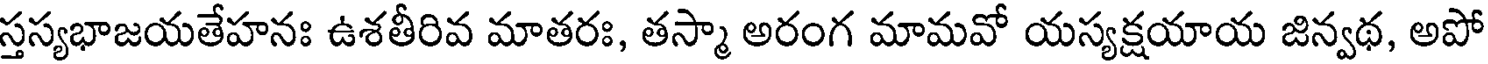
స్తస్యభాజయతేహనః ఉశతీరివ మాతరః, తస్మా అరంగ మామవో యస్యక్షయాయ జిన్వథ, అపో